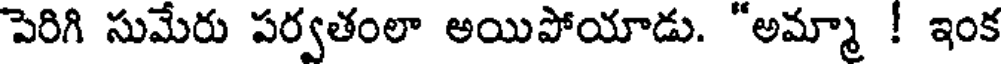
పెరిగి సుమేరు పర్వతంలా అయిపోయాడు. "అమ్మా ! ఇంక